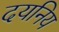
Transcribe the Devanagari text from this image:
दयनिय